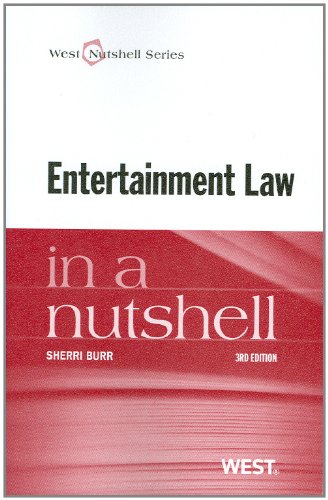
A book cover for Entertainment Law in a Nutshell; Sherri Burr; Law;